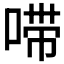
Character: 𫪺